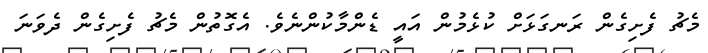
މެޗު ފެށިގެން ރަނގަޅަށް ކުޅެމުން އައީ ޑެންމާކުންނެވެ. އެގޮތުން މެޗު ފެށިގެން ދެވަނަ